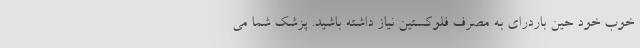
خوب خود حین باردرای به مصرف فلوکستین نیاز داشته باشید. پزشک شما می